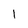
Character: 1